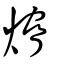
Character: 熁